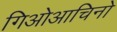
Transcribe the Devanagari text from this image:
गिओआचिनो